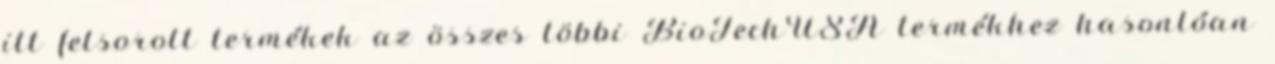
itt felsorolt termékek az összes többi BioTechUSA termékhez hasonlóan